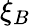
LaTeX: \xi_{B}